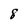
Character: 8